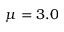
\mu = 3 . 0